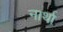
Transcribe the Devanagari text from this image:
नार्था